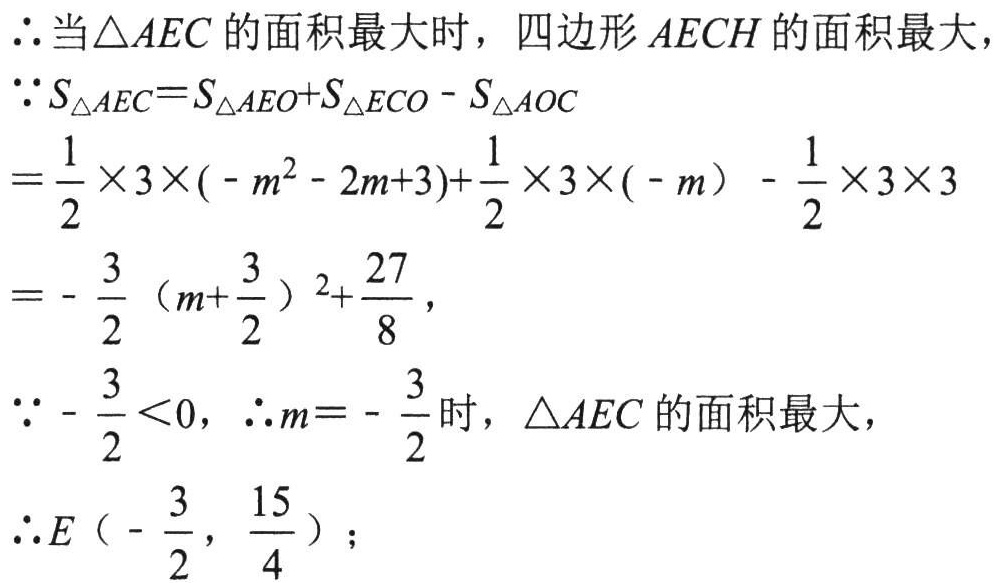
\begin{align*}
&\therefore \text{当}\triangle AEC\text{ 的面积最大时，四边形 }AECH\text{ 的面积最大，}\\
&\because S_{\triangle AEC}=S_{\triangle AEO}+S_{\triangle ECO}-S_{\triangle AOC}\\
&=\frac{1}{2} \times 3\times(-m^{2}-2m + 3)+\frac{1}{2} \times 3\times(-m)-\frac{1}{2} \times 3\times 3\\
&=-\frac{3}{2}(m + \frac{3}{2})^{2}+\frac{27}{8},\\
&\because-\frac{3}{2}<0,\ \therefore m = -\frac{3}{2}\text{ 时，}\triangle AEC\text{ 的面积最大，}\\
&\therefore E\left(-\frac{3}{2},\frac{15}{4}\right);
\end{align*}